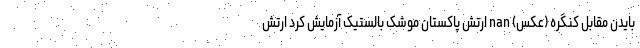
بایدن مقابل کنگره (عکس) nan ارتش پاکستان موشک بالستیک آزمایش کرد ارتش